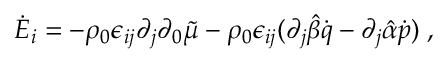
\dot { E } _ { i } = - \rho _ { 0 } \epsilon _ { i j } \partial _ { j } \partial _ { 0 } \tilde { \mu } - \rho _ { 0 } \epsilon _ { i j } ( \partial _ { j } \hat { \beta } \dot { q } - \partial _ { j } \hat { \alpha } \dot { p } ) \; ,